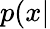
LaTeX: p(x|